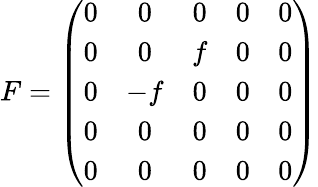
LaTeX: F=\left(\begin{array}{ccccc}{{0}}&{{0}}&{{0}}&{{0}}&{{0}}\\ {{0}}&{{0}}&{{f}}&{{0}}&{{0}}\\ {{0}}&{{-f}}&{{0}}&{{0}}&{{0}}\\ {{0}}&{{0}}&{{0}}&{{0}}&{{0}}\\ {{0}}&{{0}}&{{0}}&{{0}}&{{0}}\end{array}\right)